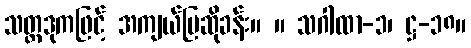
သတ္တဒုကဖြင့် အကျယ်ပြဆိုခန်း။ ။ သဂါထာ-၁၊ ဋ္ဌ-၁၈။